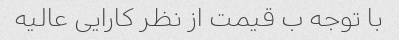
با توجه ب قیمت از نظر کارایی عالیه